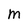
Character: M